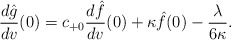
\begin{align*} \frac{d\hat{g}}{dv}(0)=c_{+0}\frac{d\hat{f}}{dv}(0)+\kappa \hat{f}(0)-\frac{\lambda}{6\kappa}.\end{align*}